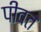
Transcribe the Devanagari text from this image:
पीवत